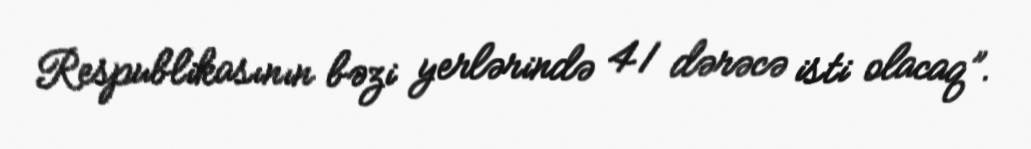
Respublikasının bəzi yerlərində 41 dərəcə isti olacaq”.